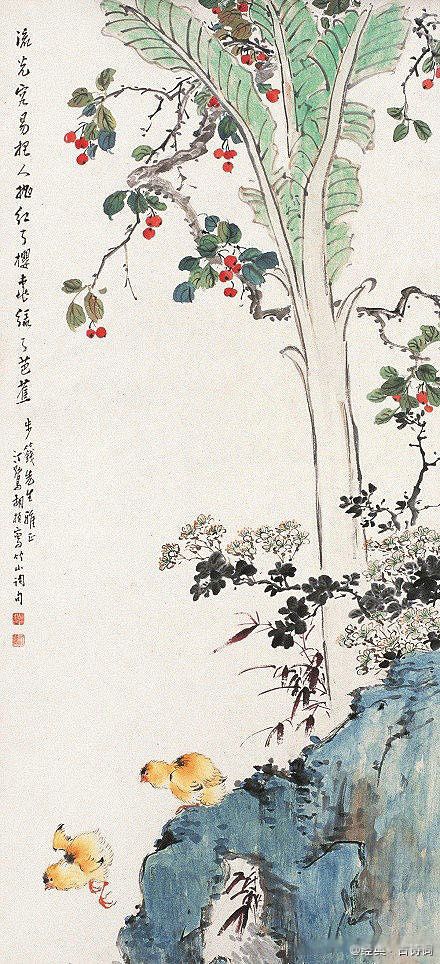
一片春愁待酒浇。江上舟摇，楼上帘招。